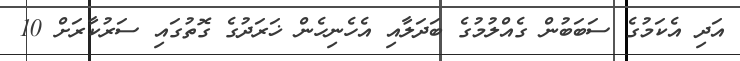
އަދި އެކަމުގެ ސަބަބުން ގެއްލުމުގެ ބަދަލާއި އެހެނިހެން ޚަރަދުގެ ގޮތުގައި ސަރުކާރަށް 10